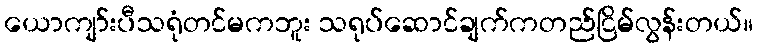
ယောကျာ်းပီသရုံတင်မကဘူး သရုပ်ဆောင်ချက်ကတည်ငြိမ်လွန်းတယ်။